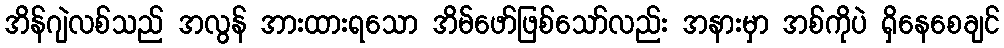
အိန်ဂျဲလစ်သည် အလွန် အားထားရသော အိမ်ဖော်ဖြစ်သော်လည်း အနားမှာ အစ်ကိုပဲ ရှိနေစေချင်